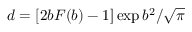
d = [ 2 b F ( b ) - 1 ] \exp { b ^ { 2 } } / \sqrt { \pi }